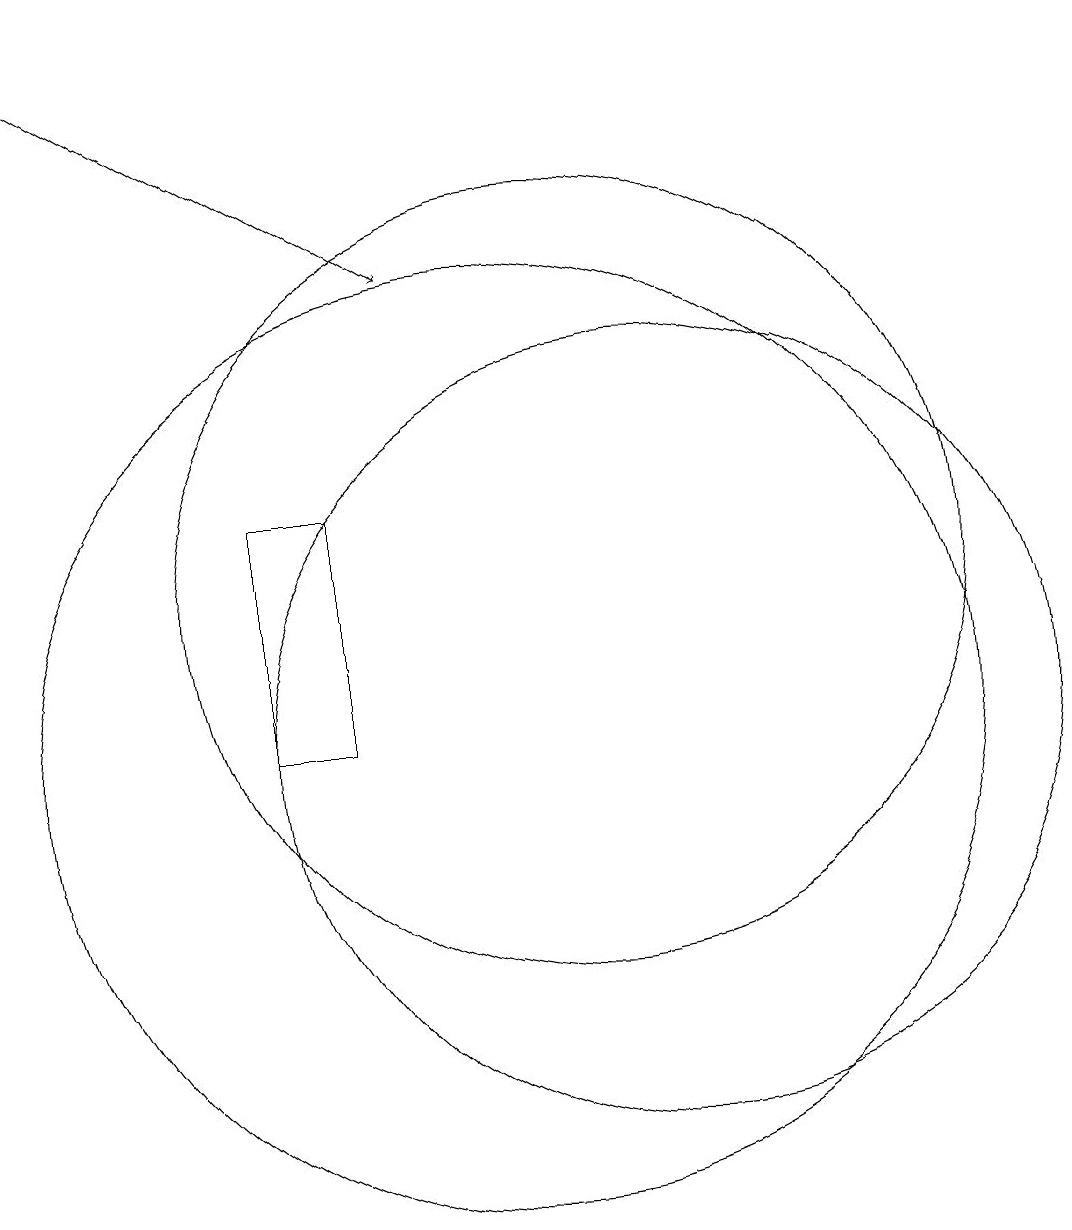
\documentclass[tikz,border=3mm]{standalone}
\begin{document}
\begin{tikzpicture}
\draw (7,10) rectangle (8,13);
\draw (11,12) circle (5);
\draw (12,10) circle (0);
\draw (10,10) circle (6);
\draw (12,10) circle (5);
\draw[->] (4,19) -- (9,16);
\draw (12,10) circle (0);
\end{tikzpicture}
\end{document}